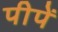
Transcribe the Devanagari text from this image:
पीपें